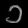
Digit: ၁